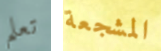
تعلم المشجعة